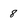
Character: 8